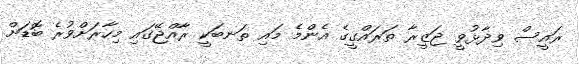
ރައީސް ވިދާޅުވީ ޖަޒީރާ ތަރައްގީގެ އެންމެ މައި ތަނބަކީ ރާއްޖޭގައި މިހާރަށްވުރެ ބޮޑަށް